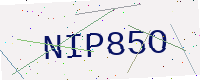
Text: NIP85O